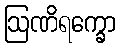
ဩဏိရက္ခော